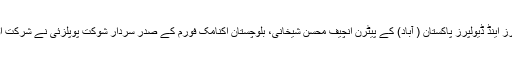
سیمینار میںوائس ایڈمرل سید عارف اللہ حسینی، ایسو سی ایشن آف بلڈرز اینڈ ڈیولپرز پاکستان ( آباد) کے پیٹرن انچیف محسن شیخانی، بلوچستان اکنامک فورم کے صدر سردار شوکت پوپلزئی نے شرکت اورچین اور پاکستان کی جامعات کے کے نمائشی ہالز کابھی دورہ کیا۔